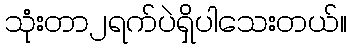
သုံးတာ၂ရက်ပဲရှိပါသေးတယ်။